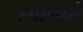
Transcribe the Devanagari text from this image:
हवामारों